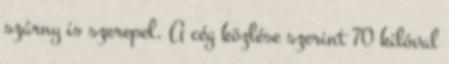
szárny is szerepel. A cég közlése szerint 70 kilóval